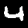
Label: 4